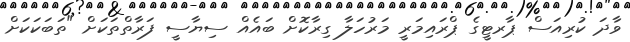
ވާދަ ކުރިއަސް ޕާރޓީގެ ޕްރައިމަރީ މަރުހަލާ ގިރާކޮށް ބައެއް ސިޔާސީ ފަރާތްތަކަށް "ތަބަކަކަށް